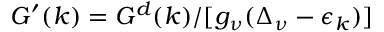
G ^ { \prime } ( k ) = G ^ { d } ( k ) / [ g _ { \nu } ( \Delta _ { \nu } - \epsilon _ { k } ) ]